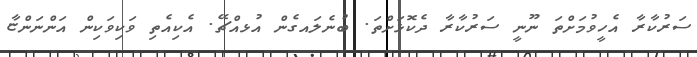
ސަރުކާރާ އެހީވުމަށްތަ ނޫނީ ސަރުކާރާ ދެކޮޅަށްތަ. ބުނެލައގެން އުޅއްޗޭ. އެކިއެތި ވަކިވަކިން އަންނަންޏާ